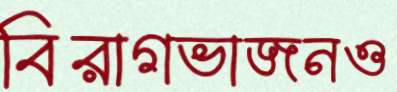
বিরাগভাজনও